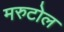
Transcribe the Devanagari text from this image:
मरुटोल